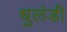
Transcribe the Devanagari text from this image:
धुलंडी